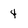
Character: 4